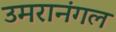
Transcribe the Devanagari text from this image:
उमरानंगल